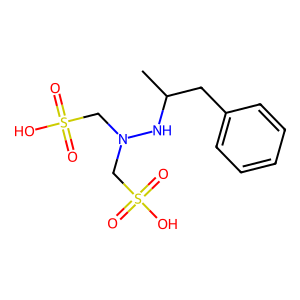
SMILES: CC(Cc1ccccc1)NN(CS(=O)(=O)O)CS(=O)(=O)O
Inhibits HIV replication: No